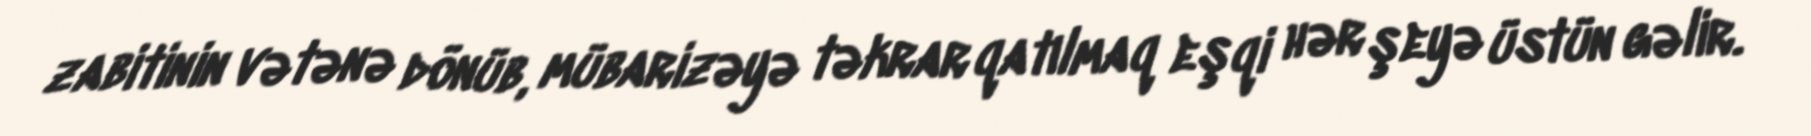
zabitinin vətənə dönüb, mübarizəyə təkrar qatılmaq eşqi hər şeyə üstün gəlir.